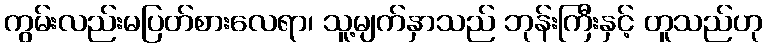
ကွမ်းလည်းမပြတ်စားလေရာ၊ သူ့မျက်နှာသည် ဘုန်းကြီးနှင့် တူသည်ဟု